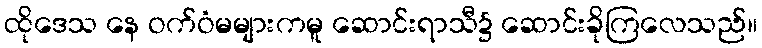
ထိုဒေသ နေ ဝက်ဝံမများကမူ ဆောင်းရာသီ၌ ဆောင်းခိုကြလေသည်။